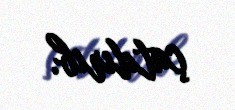
çatdırıb.